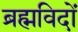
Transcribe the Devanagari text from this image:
ब्रह्मविदों